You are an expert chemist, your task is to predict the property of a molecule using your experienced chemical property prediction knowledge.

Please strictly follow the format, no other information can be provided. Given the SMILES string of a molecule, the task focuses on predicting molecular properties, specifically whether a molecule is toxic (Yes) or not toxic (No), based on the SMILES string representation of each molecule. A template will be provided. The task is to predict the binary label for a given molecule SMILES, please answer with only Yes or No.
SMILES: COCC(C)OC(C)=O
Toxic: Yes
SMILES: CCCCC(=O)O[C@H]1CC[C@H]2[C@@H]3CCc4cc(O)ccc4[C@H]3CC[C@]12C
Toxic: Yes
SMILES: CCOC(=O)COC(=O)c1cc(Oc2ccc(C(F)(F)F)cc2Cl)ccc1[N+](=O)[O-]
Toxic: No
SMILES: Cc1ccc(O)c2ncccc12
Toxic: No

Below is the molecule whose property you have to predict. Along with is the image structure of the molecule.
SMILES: C=CC(C)CCC=C(C)C
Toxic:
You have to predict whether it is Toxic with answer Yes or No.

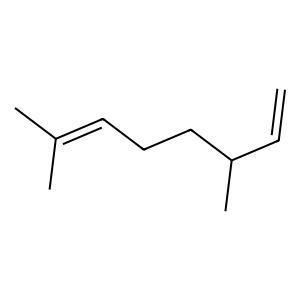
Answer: No